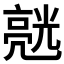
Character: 𱎙